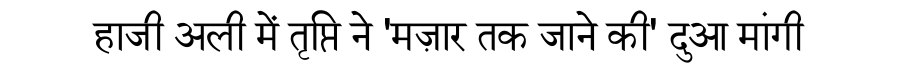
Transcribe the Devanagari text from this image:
हाजी अली में तृप्ति ने 'मज़ार तक जाने की' दुआ मांगी